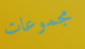
مجموعات